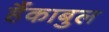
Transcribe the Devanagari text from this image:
हैंकाबुल